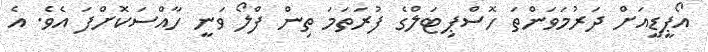
އޯޕީޑީއަށް ދަރުމަވަންތަ ހޮސްޕިޓަލްގެ ފުރަތަމަ ތިން ފްލޯ ވަނީ ހާއްސަކޮށްފަ އެވެ. އެ